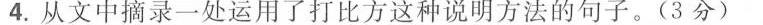
4.从文中摘录一处运用了打比方这种说明方法的句子。(3分)